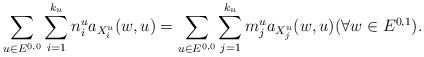
\begin{align*} \sum_{u\in E^{0,0}} \sum _{i=1}^{k_u} n_i^u a_{X_i^u} (w,u) = \sum_{u\in E^{0,0}} \sum _{j=1}^{k_u} m_j^u a_{X_j^u} (w,u) (\forall w\in E^{0,1}) .\end{align*}